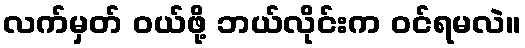
လက်မှတ် ဝယ်ဖို့ ဘယ်လိုင်းက ဝင်ရမလဲ။